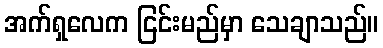
အက်ရှလေက ငြင်းမည်မှာ သေချာသည်။